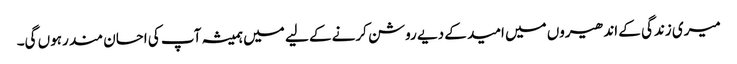
میری زندگی کے اندھیروں میں امید کے دیے روشن کرنے کے لیے میں ہمیشہ آپ کی احسان مند رہوں گی۔